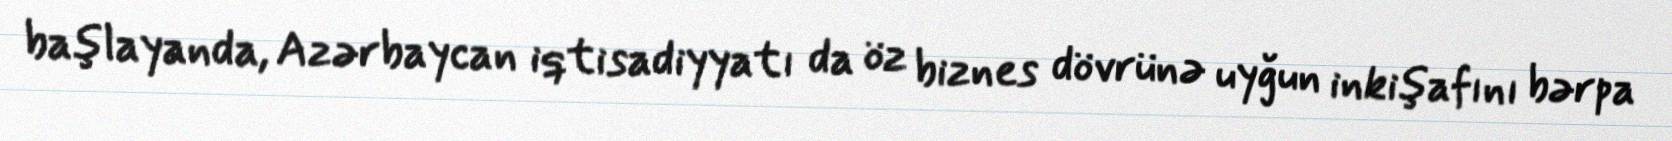
başlayanda, Azərbaycan iqtisadiyyatı da öz biznes dövrünə uyğun inkişafını bərpa